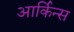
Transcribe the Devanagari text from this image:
आर्किन्स